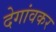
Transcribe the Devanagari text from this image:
देगांवकर